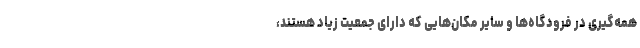
همه‌گیری در فرودگاه‌ها و سایر مکان‌هایی که دارای جمعیت زیاد هستند،